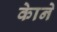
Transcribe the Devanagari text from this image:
काेने